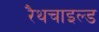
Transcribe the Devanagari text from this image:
रैथचाइल्ड